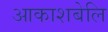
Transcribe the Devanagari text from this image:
आकाशबेलि